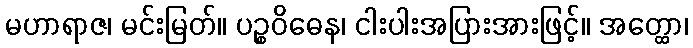
မဟာရာဇ၊ မင်းမြတ်။ ပဉ္စဝိဓေန၊ ငါးပါးအပြားအားဖြင့်။ အတ္ထော၊